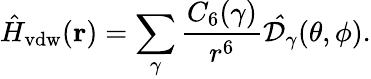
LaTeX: \hat{H}_{\mathrm{vdw}}(\mathbf{r})=\sum_{\gamma}\frac{C_{6}(\gamma)}{r^{6}}\mathcal{\hat{D}}_{\gamma}(\theta,\phi).